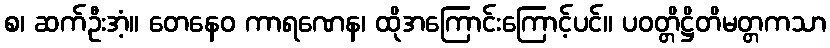
စ၊ ဆက်ဦးအံ့။ တေနေဝ ကာရဏေန၊ ထိုအကြောင်းကြောင့်ပင်။ ပဝတ္တိဋ္ဌိတိမတ္တကသာ